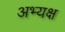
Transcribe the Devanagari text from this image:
अभ्यक्ष